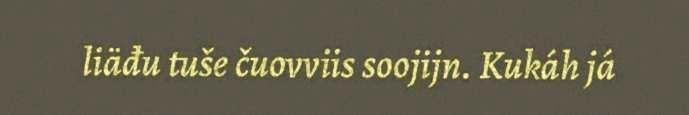
liäđu tuše čuovviis soojijn. Kukáh já